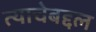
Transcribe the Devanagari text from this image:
त्याचेबद्दल